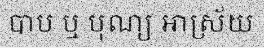
បាប ឬ បុណ្យ អាស្រ័យ